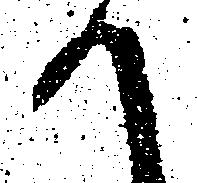
か